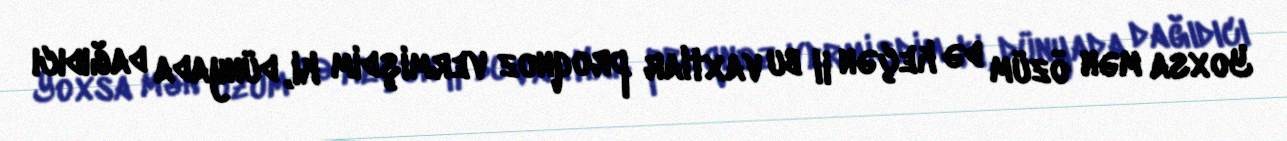
Yoxsa mən özüm də keçən il bu vaxtlar proqnoz vermişdim ki, dünyada dağıdıcı